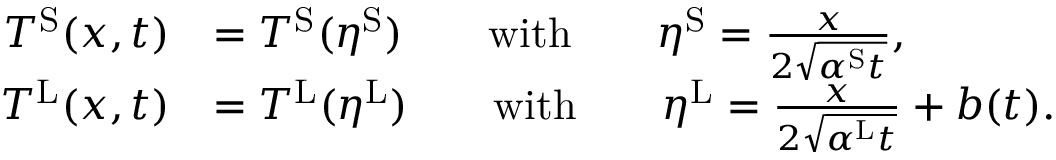
\begin{array} { r l } { T ^ { \mathrm { S } } ( x , t ) } & { = T ^ { \mathrm { S } } ( \eta ^ { \mathrm { S } } ) \qquad \mathrm { w i t h } \qquad \eta ^ { \mathrm { S } } = \frac { x } { 2 \sqrt { \alpha ^ { \mathrm { S } } t } } , } \\ { T ^ { \mathrm { L } } ( x , t ) } & { = T ^ { \mathrm { L } } ( \eta ^ { \mathrm { L } } ) \qquad \mathrm { w i t h } \qquad \eta ^ { \mathrm { L } } = \frac { x } { 2 \sqrt { \alpha ^ { \mathrm { L } } t } } + b ( t ) . } \end{array}